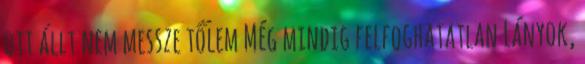
ott állt nem messze tőlem Még mindig felfoghatatlan Lányok,